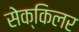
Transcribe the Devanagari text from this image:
सेक्किलर